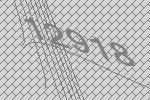
12918